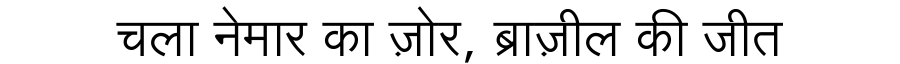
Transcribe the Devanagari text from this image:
चला नेमार का ज़ोर, ब्राज़ील की जीत